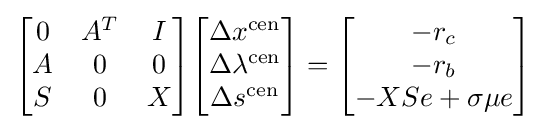
{\begin{bmatrix}0&A^{T}&I\\A&0&0\\S&0&X\end{bmatrix}}{\begin{bmatrix}\Delta x^{\text{cen}}\\\Delta \lambda ^{\text{cen}}\\\Delta s^{\text{cen}}\end{bmatrix}}={\begin{bmatrix}-r_{c}\\-r_{b}\\-XSe+\sigma \mu e\end{bmatrix}}